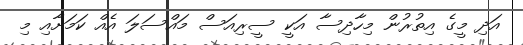
އަދި މީގެ އިތުރުން މިހާދިސާ އަކީ ސީރިއަސް މައްސަލަ އެއް ކަމަށާއި މި